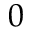
0